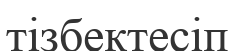
тізбектесіп